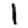
Digit: 1